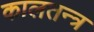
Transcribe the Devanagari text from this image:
कालतन्त्र